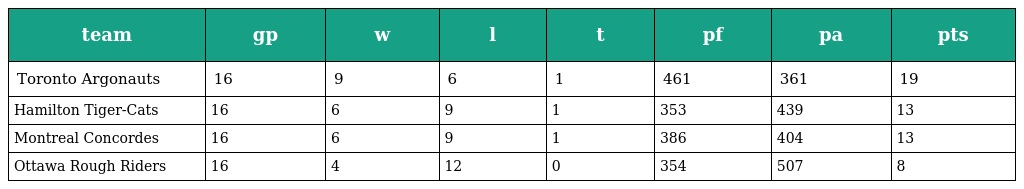
| team | gp | w | l | t | pf | pa | pts |
 | --- | --- | --- | --- | --- | --- | --- | --- |
 | Toronto Argonauts | 16 | 9 | 6 | 1 | 461 | 361 | 19 |
 | Hamilton Tiger-Cats | 16 | 6 | 9 | 1 | 353 | 439 | 13 |
 | Montreal Concordes | 16 | 6 | 9 | 1 | 386 | 404 | 13 |
 | Ottawa Rough Riders | 16 | 4 | 12 | 0 | 354 | 507 | 8 |